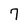
Character: 7